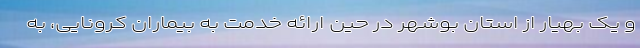
و یک بهیار از استان بوشهر در حین ارائه خدمت به بیماران کرونایی، به